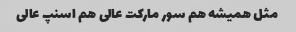
مثل همیشه هم سور مارکت عالی هم اسنپ عالی